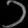
Digit: ၁